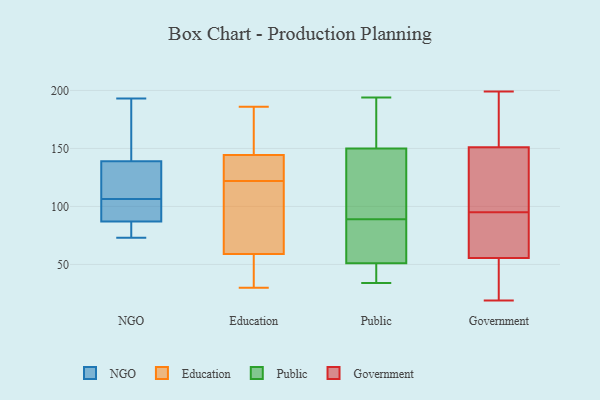
{"axis": {"x": "Customer Acquisition Cost (USD)", "y": "Value"}, "legend": ["Education", "Government", "NGO", "Public"], "data": [{"x": "", "y": 85, "type": "NGO"}, {"x": "", "y": 95, "type": "NGO"}, {"x": "", "y": 87, "type": "NGO"}, {"x": "", "y": 193, "type": "NGO"}, {"x": "", "y": 139, "type": "NGO"}, {"x": "", "y": 161, "type": "NGO"}, {"x": "", "y": 73, "type": "NGO"}, {"x": "", "y": 106, "type": "NGO"}, {"x": "", "y": 107, "type": "NGO"}, {"x": "", "y": 125, "type": "NGO"}, {"x": "", "y": 164, "type": "Education"}, {"x": "", "y": 142, "type": "Education"}, {"x": "", "y": 111, "type": "Education"}, {"x": "", "y": 101, "type": "Education"}, {"x": "", "y": 40, "type": "Education"}, {"x": "", "y": 132, "type": "Education"}, {"x": "", "y": 77, "type": "Education"}, {"x": "", "y": 145, "type": "Education"}, {"x": "", "y": 182, "type": "Education"}, {"x": "", "y": 186, "type": "Education"}, {"x": "", "y": 122, "type": "Education"}, {"x": "", "y": 131, "type": "Education"}, {"x": "", "y": 53, "type": "Education"}, {"x": "", "y": 30, "type": "Education"}, {"x": "", "y": 53, "type": "Education"}, {"x": "", "y": 164, "type": "Public"}, {"x": "", "y": 48, "type": "Public"}, {"x": "", "y": 113, "type": "Public"}, {"x": "", "y": 54, "type": "Public"}, {"x": "", "y": 64, "type": "Public"}, {"x": "", "y": 171, "type": "Public"}, {"x": "", "y": 34, "type": "Public"}, {"x": "", "y": 194, "type": "Public"}, {"x": "", "y": 42, "type": "Public"}, {"x": "", "y": 184, "type": "Public"}, {"x": "", "y": 112, "type": "Public"}, {"x": "", "y": 75, "type": "Public"}, {"x": "", "y": 136, "type": "Public"}, {"x": "", "y": 80, "type": "Public"}, {"x": "", "y": 98, "type": "Public"}, {"x": "", "y": 46, "type": "Public"}, {"x": "", "y": 95, "type": "Government"}, {"x": "", "y": 101, "type": "Government"}, {"x": "", "y": 57, "type": "Government"}, {"x": "", "y": 55, "type": "Government"}, {"x": "", "y": 63, "type": "Government"}, {"x": "", "y": 19, "type": "Government"}, {"x": "", "y": 195, "type": "Government"}, {"x": "", "y": 118, "type": "Government"}, {"x": "", "y": 162, "type": "Government"}, {"x": "", "y": 199, "type": "Government"}, {"x": "", "y": 49, "type": "Government"}, {"x": "", "y": 20, "type": "Government"}, {"x": "", "y": 70, "type": "Government"}, {"x": "", "y": 39, "type": "Government"}, {"x": "", "y": 108, "type": "Government"}, {"x": "", "y": 182, "type": "Government"}, {"x": "", "y": 198, "type": "Government"}, {"x": "", "y": 59, "type": "Government"}, {"x": "", "y": 113, "type": "Government"}]}